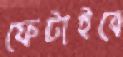
ফেটাইবে